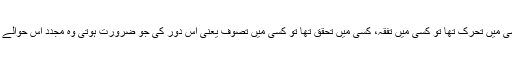
گذشتہ مجددین میں سے کسی میں تحرک تھا تو کسی میں تفقہ، کسی میں تحقق تھا تو کسی میں تصوف یعنی اُس دور کی جو ضرورت ہوتی وہ مجدد اس حوالے سے خوبیوں کا مالک ہوتا۔